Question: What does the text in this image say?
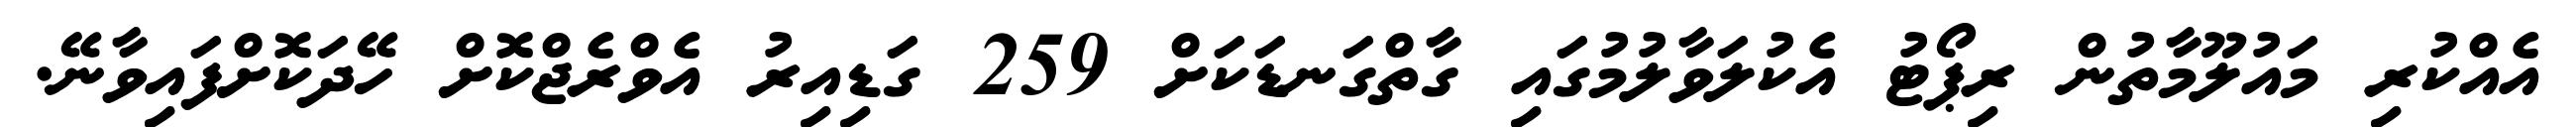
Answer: އެއްކުރި މައުލޫމާތުން ރިޕޯޓު އެކުލަވާލުމުގައި ގާތްގަނޑަކަށް 259 ގަޑިއިރު އެވްރެޖްކޮށް ހޭދަކޮށްފައިވާނޭ.